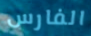
الفارس